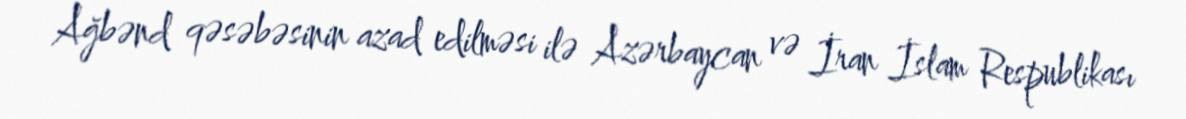
Ağbənd qəsəbəsinin azad edilməsi ilə Azərbaycan və İran İslam Respublikası